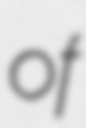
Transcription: of